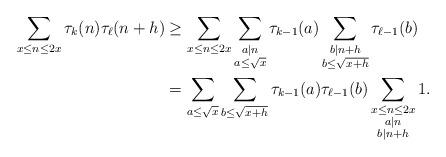
LaTeX: \begin{align*} \sum_{x \le n \le 2x} \tau_k(n) \tau_{\ell}(n+h) & \ge \sum_{x \le n \le 2x} \sum_{\substack{a \mid n \\ a \le \sqrt{x}}} \tau_{k-1}(a) \sum_{\substack{b \mid n+h \\ b \le \sqrt{x+h}}} \tau_{\ell-1}(b) \\& = \sum_{a \le \sqrt{x}} \sum_{b \le \sqrt{x+h}} \tau_{k-1}(a) \tau_{\ell-1}(b) \sum_{\substack{x \le n \le 2x \\ a \mid n \\ b \mid n+h}} 1.\end{align*}